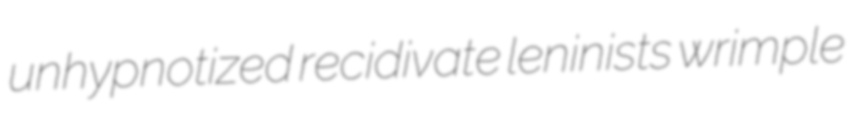
unhypnotized recidivate leninists wrimple